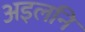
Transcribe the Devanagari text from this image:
अइलनि